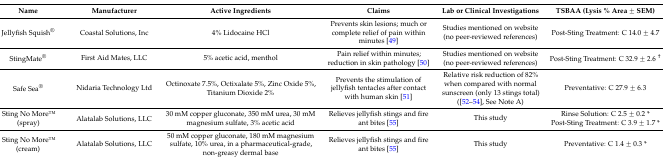
<table><thead><tr><td><b>Name</b></td><td><b>Manufacturer</b></td><td><b>Active Ingredients</b></td><td><b>Claims</b></td><td><b>Lab or Clinical Investigations</b></td><td><b>TSBAA (Lysis % Area ± SEM)</b></td></tr></thead><tbody><tr><td>Jellyfish Squish<sup>®</sup></td><td>Coastal Solutions, Inc</td><td>4% Lidocaine HCl</td><td>Prevents skin lesions; much or complete relief of pain within minutes [49]</td><td>Studies mentioned on website (no peer-reviewed references)</td><td>Post-Sting Treatment: C 14.0 ± 4.7</td></tr><tr><td>StingMate<sup>®</sup></td><td>First Aid Mates, LLC</td><td>5% acetic acid, menthol</td><td>Pain relief within minutes; reduction in skin pathology [50]</td><td>Studies mentioned on website (no peer-reviewed references)</td><td>Post-Sting Treatment: C 32.9 ± 2.6 <sup>†</sup></td></tr><tr><td>Safe Sea<sup>®</sup></td><td>Nidaria Technology Ltd</td><td>Octinoxate 7.5%, Octixalate 5%, Zinc Oxide 5%, Titanium Dioxide 2%</td><td>Prevents the stimulation of jellyfish tentacles after contact with human skin [51]</td><td>Relative risk reduction of 82% when compared with normal sunscreen (only 13 stings total) ([52,53,54], See Note A)</td><td>Preventative: C 27.9 ± 6.3</td></tr><tr><td rowspan="2">Sting No MoreTM (spray)</td><td rowspan="2">Alatalab Solutions, LLC</td><td rowspan="2">30 mM copper gluconate, 350 mM urea, 30 mM magnesium sulfate, 3% acetic acid</td><td rowspan="2">Relieves jellyfish stings and fire ant bites [55]</td><td rowspan="2">This study</td><td>Rinse Solution: C 2.5 ± 0.2 *</td></tr><tr><td>Post-Sting Treatment: C 3.9 ± 1.7 *</td></tr><tr><td>Sting No MoreTM (cream)</td><td>Alatalab Solutions, LLC</td><td>50 mM copper gluconate, 180 mM magnesium sulfate, 10% urea, in a pharmaceutical-grade, non-greasy dermal base</td><td>Relieves jellyfish stings and fire ant bites [55]</td><td>This study</td><td>Preventative: C 1.4 ± 0.3 *</td></tr></tbody></table>